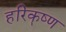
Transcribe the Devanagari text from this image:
हरिकॄष्ण